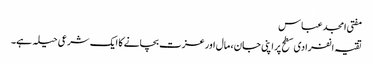
مفتی امجد عباس
تقیہ انفرادی سطح پر اپنی جان، مال اور عزت بچانے کا ایک شرعی حیلہ ہے۔